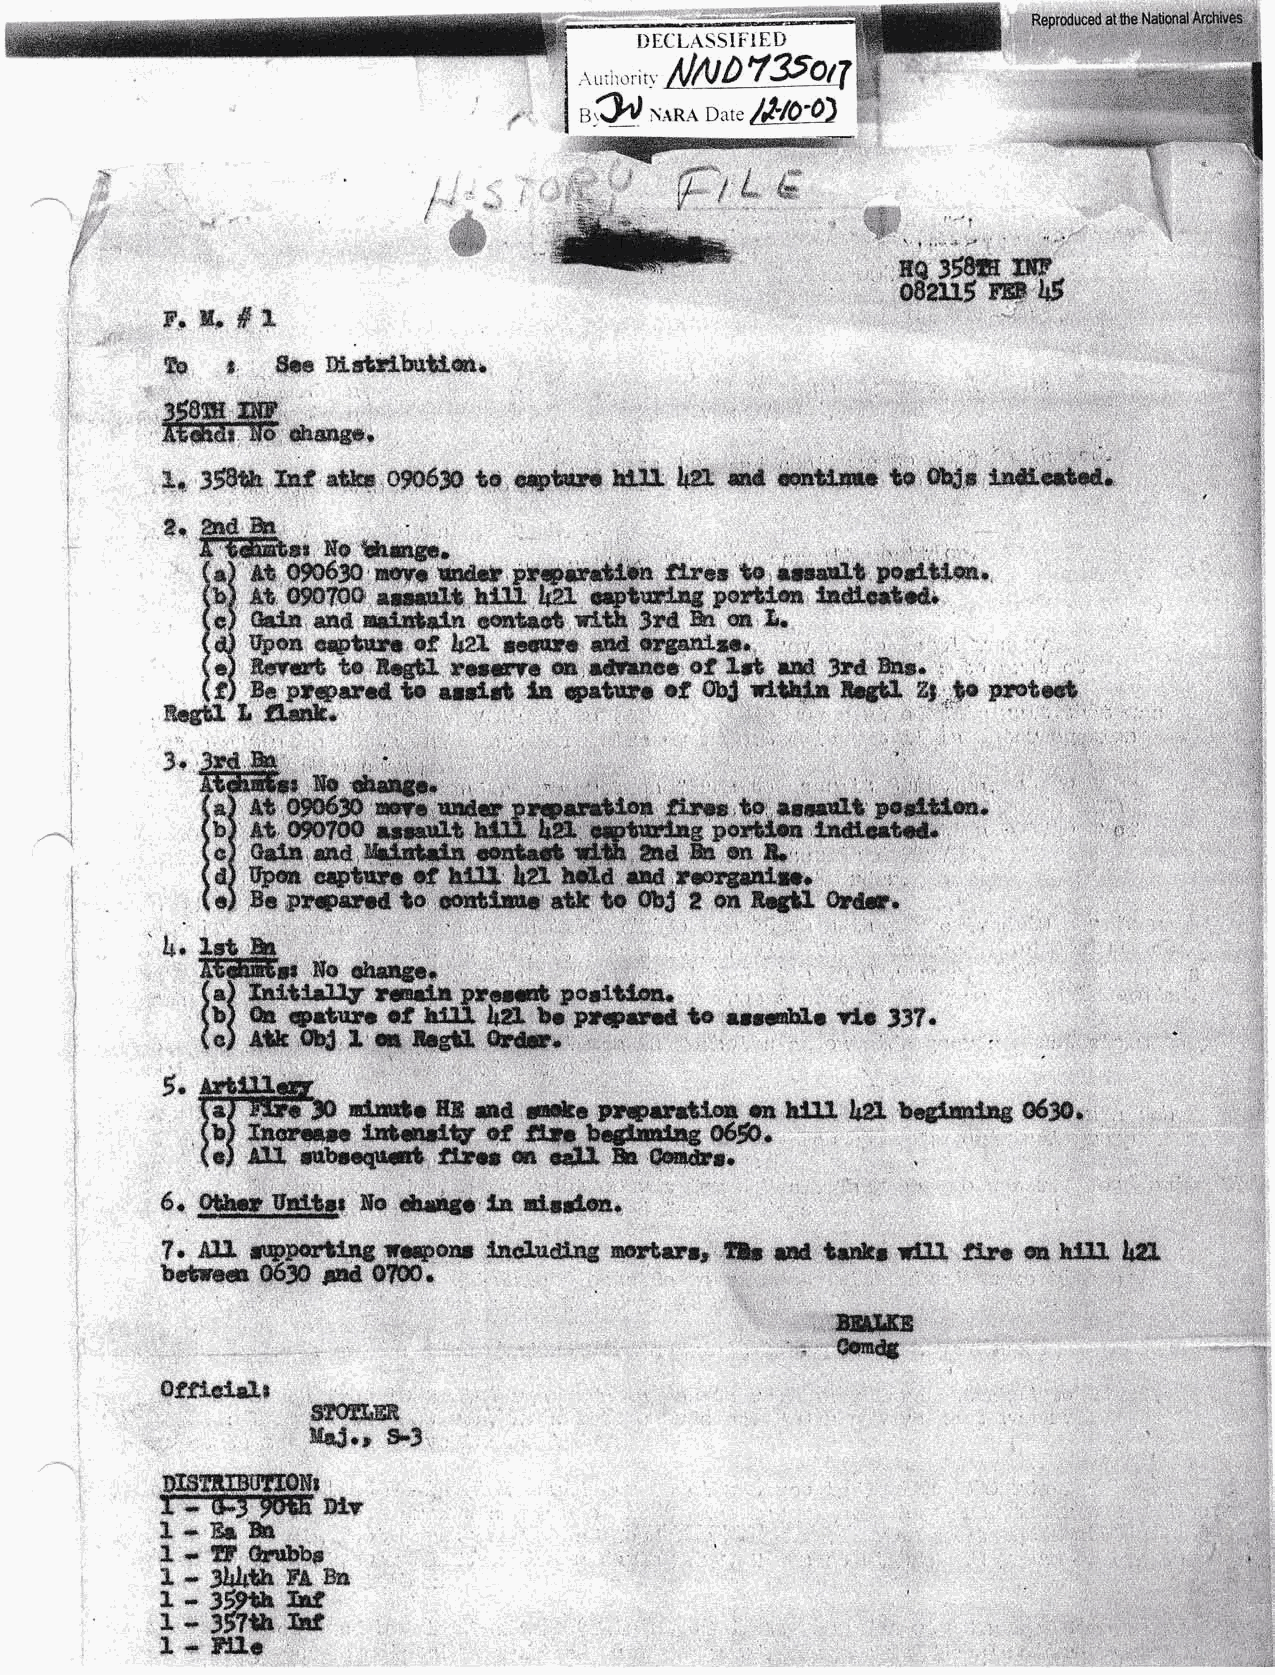
'.:;;,.
 rya{'@
 D[CLr\SSIFI['D
 0
 ALriiroritl'
 I     r"CC N*RA Date /&to-O)
 ,,  Wffiffi
 ;                        jil,ia
 ua 358*H r$F
 082u5 H@ |J5
 Fr M' #1
 &
 fta    S*e fi$.st!'g"btrti,err"
 3s8ffi fifiP
 fAfi tGtgttr Hs 6Eangpe
 J*
 t,'t',:
 rfi Hq *mgp*
 ffir,
 0ss630
 ;{,,s$ss$s,
 &
 &r,preqffid''te,
 SCI e*ugo*
 Initfrilf l*stra pr.olst posltLm.
 e                    prfffi
 qr?qp  sf-bffl   br        ta mrwH.r rtrs
 Atk eJ L m naetl tH.s.s. "                33?.
 5'
 ffiiffifp uc.dr H& ma enanr prrygaGr.ory h!11 l+e!. bcsl$ltas odjo.
 (b) Inoruta f$Gdqf of f,lllr hl4l$Elag ffif-ic.rr
 (e) aaa ffibaoquca fi,Lr* G EELI fu gmdrr.
 .
 6. S@-$@,    iio *engc ia d"rd.on.
 ?. .SI1 ilrypffil$g !'Gryolrt lnsil.rldrag nortsrar fu rmd trr*l rtlt ttr6 m hl.Ll lr2I.
 beftrecr 0630 gnd O?UO.
 .,,&lh$ffi
 ,
 Smrrry
 0f$.o$"s.I.r
 ffiffi
 Ma$,'* S.3
 sI$EmB[IffiONt
 I::-d;3-9Uffi DtY
 L*fiuBh
 IoSS@bp
 l *
 3hL*& FA Bn
 I - 35fih ret
 ur
 1 - 3$?th
 *
 H[[c
 X,